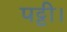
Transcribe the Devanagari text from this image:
पट्टी।